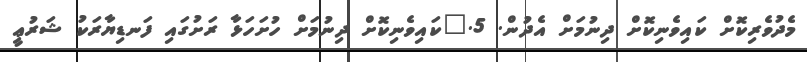
މެދުވެރިކޮށް ކައިވެނިކޮށް ދިނުމަށް އެދުން. 5.	ކައިވެނިކޮށް ދިނުމަށް ހުށަހަޅާ ރަށުގައި ފަނޑިޔާރަކު ޝަރުޢީ